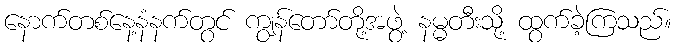
နောက်တစ်နေ့နံနက်တွင် ကျွန်တော်တို့အဖွဲ့ နမ္မတီးသို့ ထွက်ခဲ့ကြသည်။